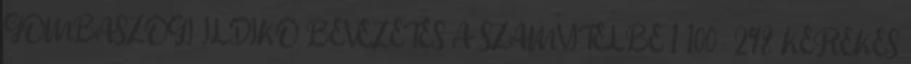
GOMBASZÖGI ILDIKÓ BEVEZETÉS A SZÁMVITELBE 1 100,- 298 KEREKES